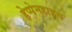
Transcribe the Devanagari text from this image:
हेप्पेनहाइम